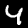
Digit: 4